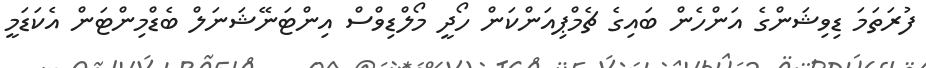
ފުރަތަމަ ޑިވިޝަންގެ އަންހެން ބައިގެ ޗެމްޕިއަންކަން ހޯދީ މޯލްޑިވްސް އިންޓަނޭޝަނަލް ބެޑްމިންޓަން އެކަޑަމީ